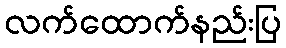
လက်ထောက်နည်းပြ